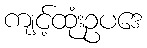
ကျင့်ထုံးဥပဒေ